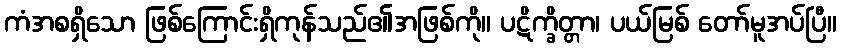
ကံအစရှိသော ဖြစ်ကြောင်းရှိကုန်သည်၏အဖြစ်ကို။ ပဋိက္ခိတ္တာ၊ ပယ်မြစ် တော်မူအပ်ပြီ။